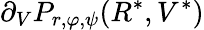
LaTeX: \partial_{V}P_{r,\varphi,\psi}(R^{*},V^{*})